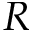
R